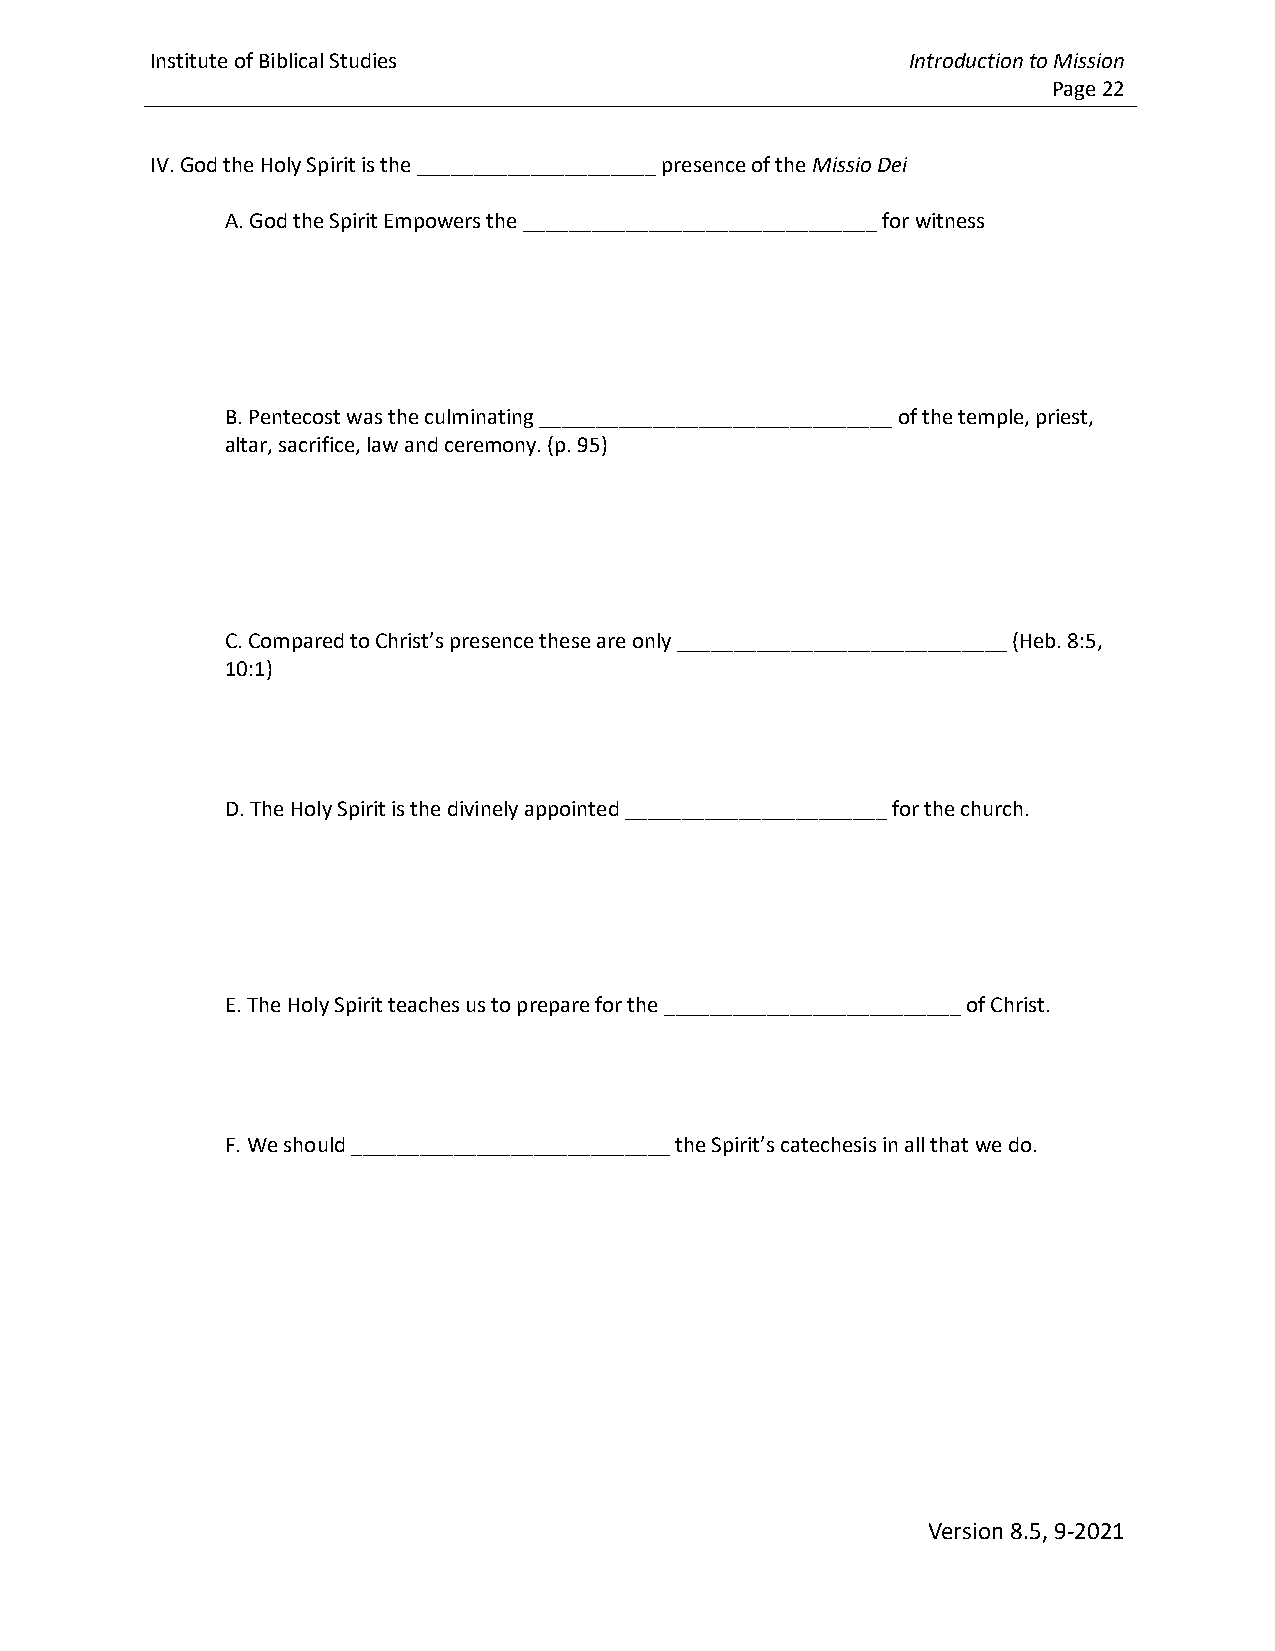
Institute of Biblical Studies                     Introduction to Mission
 Page 22
 IV. God the Holy Spirit is the _____________________ presence of the Missio Dei
 A. God the Spirit Empowers the _______________________________ for witness
 B. Pentecost was the culminating _______________________________ of the temple, priest,
 altar, sacrifice, law and ceremony. (p. 95)
 C. Compared to Christ’s presence these are only _____________________________ (Heb. 8:5,
 10:1)
 D. The Holy Spirit is the divinely appointed _______________________ for the church.
 E. The Holy Spirit teaches us to prepare for the __________________________ of Christ.
 F. We should ____________________________ the Spirit’s catechesis in all that we do.
 Version 8.5, 9-2021